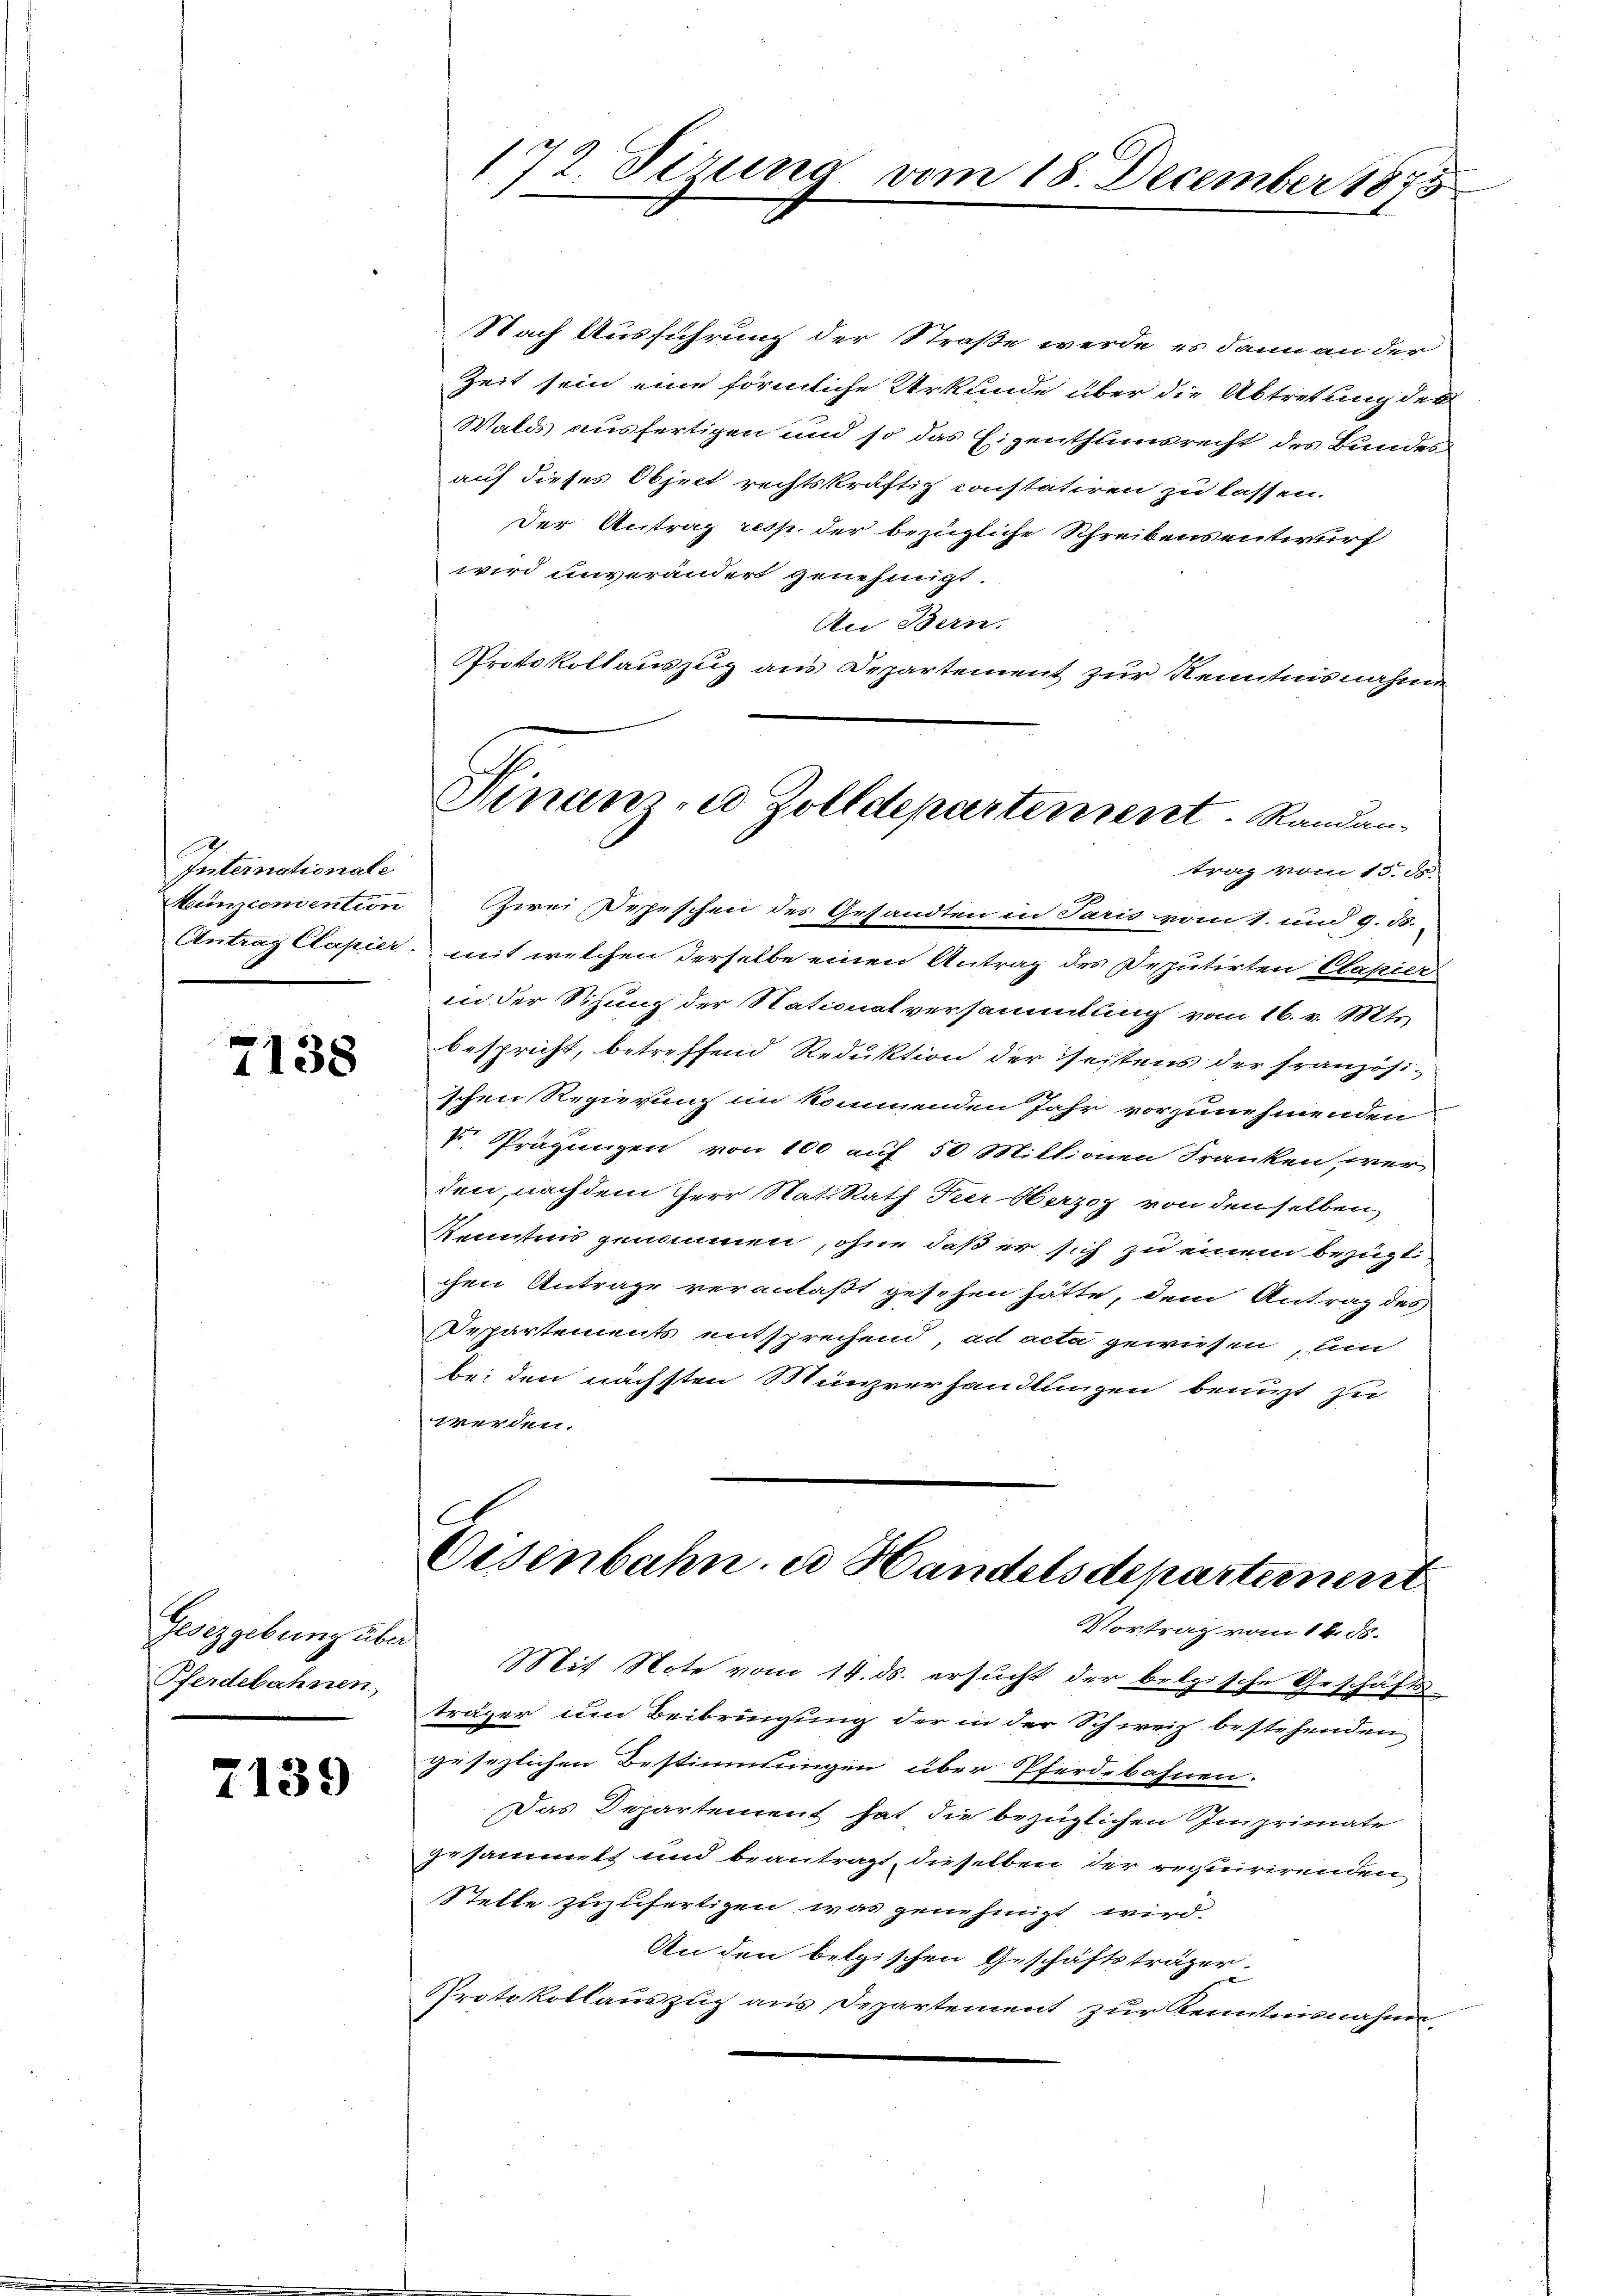
Internationale

7138

Gesetzgebung über
Pferdebahnen,

2139

172. Firung
.

Nach Ausführung der Straße werde, es dann an der
Zeit sein eine förmliche Urkunde über die Abtretung der
Wald ausfertigen und so das Eigenthumsrecht des Bundes
auf dieses Object rechtskräftig constatiren zu lassen.
Der Antrag resp. der bezügliche Schreibensentwurf
wird unverändert genehmigt.
An Bern.
Protokollauszug aus Departement zur Kenntnisnahme

Münzcomention zwei Depeschen des Gesandten in Paris vom 1. und 9. ds.
Antrag Clapier, mit welchen derselbe einen Antrag des Deputirten Clapier
in der Sitzung der Stationalversammlung vom 16. v. Mts.
bespricht, betreffend Reduktion der seistens der französi-
schen Regierung im kommenden Jahr vorzunehmenden
V Prägungen von 100 auf 50 Miltionen Franken, wer-
den, nach dem Herr Stat. Rath Peer-Herzog von denselben
Kenntnis genommen, ohne daß er sich zu einem bezügli
chen Antrage veranlaßt gesehen hätte, dem Antrag des
Despartements entsprechend, ad acta gewiesen, um
bei den nächsten Münzverhandlungen benuzt zu
werden.

vom 18. December 1873

Vinanze Zolldepartement. Randan-
trag vom 13. d.

Oesenbahn, es Handelsdepartiment
Vortrag vom 14. ds.

Mit Note vom 14. ds. ersucht der belgische Geschäfts-
träger um Beibringung der in der Schweiz bestehenden
gesezlichen Bestimmungen über Pferdebahnen.
Das Departement hat die bezüglichen Imprimate
gesammt und beantragt, dieselben der regteirirenden
Stelle zuzufertigen, was genehmigt wird.
An den belgischen Geschäftsträger.
Protokollauszug aus Departement zur Kenntnisnahme,